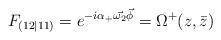
LaTeX: \begin{align*}F_{(12\vert 11)} = e^{-i\alpha_+\vec{\omega_2}\vec\phi} = \Omega^+(z,\bar z)\end{align*}